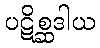
ပဋိစ္ဆဒါယ